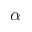
\boldsymbol { \alpha }